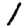
Digit: 1